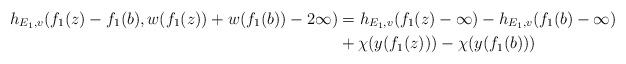
LaTeX: \begin{align*}h_{E_1 ,v}(f_1 (z)-f_1 (b),w(f_1 (z))+w(f_1 (b))-2\infty )& =h_{E_1 ,v} (f_1 (z)-\infty )- h_{E_1 ,v} (f_1 (b)-\infty )\\ &+\chi (y(f_1 (z)))-\chi (y(f_1 (b)))\end{align*}